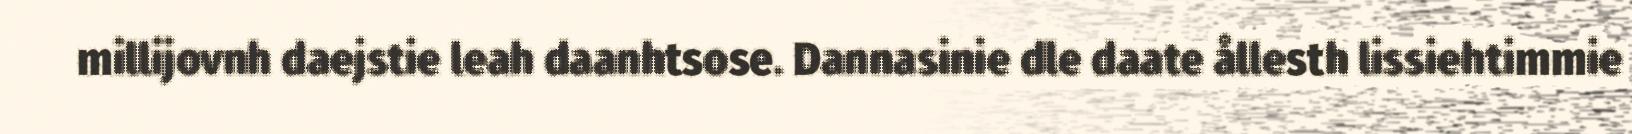
millijovnh daejstie leah daanhtsose. Dannasinie dle daate ållesth lissiehtimmie